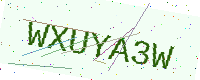
Text: WXUYA3W